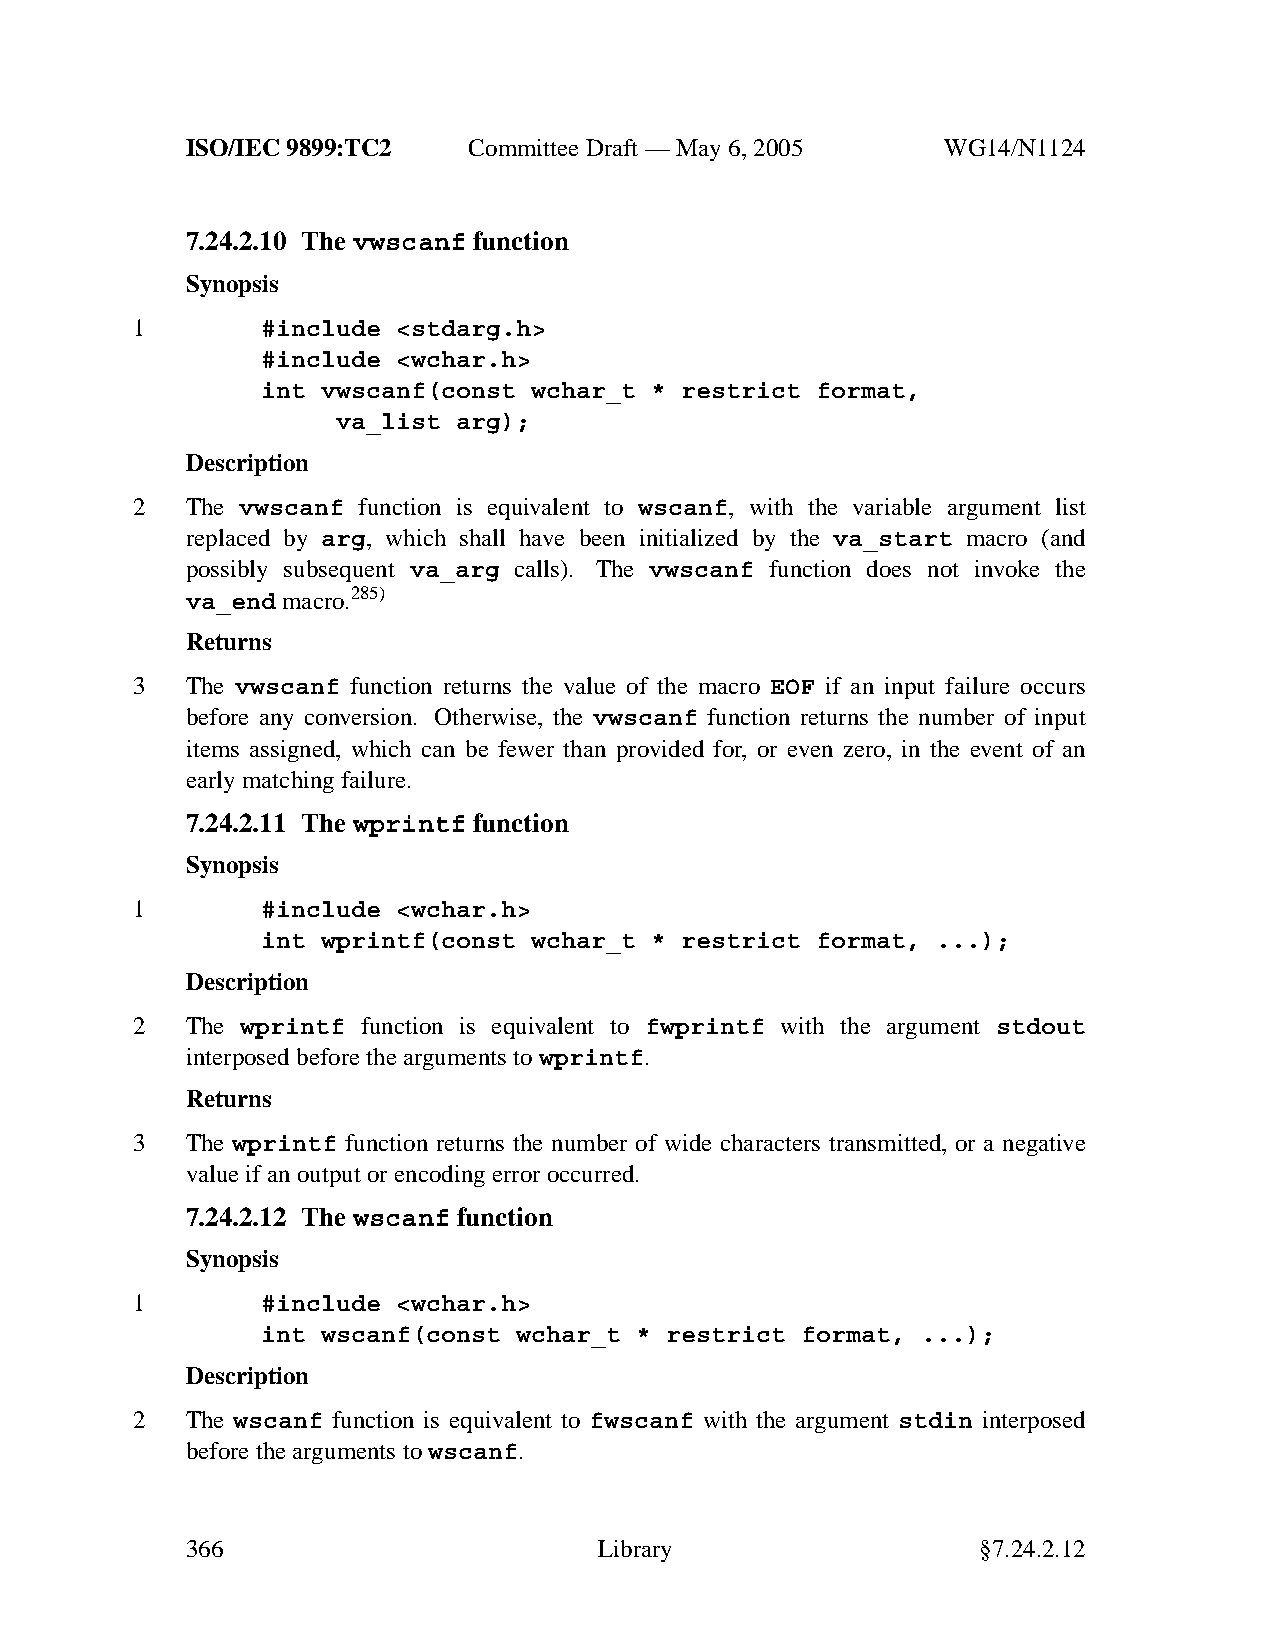
ISO/IEC 9899:TC2   Committee Draft — May 6, 2005   WG14/N1124
 7.24.2.10 The vwscanf function
 Synopsis
 1       #include <stdarg.h>
 #include <wchar.h>
 int vwscanf(const wchar_t * restrict format,
 va_list arg);
 Description
 2  The vwscanf function is equivalent to wscanf, with the variable argument list
 replaced by arg, which shall have been initialized by the va_start macro (and
 possibly subsequent va_arg calls). The vwscanf function does not invoke the
 va_end macro.285)
 Returns
 3  The vwscanf function returns the value of the macro EOF if an input failure occurs
 before any conversion. Otherwise, the vwscanf function returns the number of input
 items assigned, which can be fewer than provided for, or even zero, in the event of an
 early matching failure.
 7.24.2.11 The wprintf function
 Synopsis
 1       #include <wchar.h>
 int wprintf(const wchar_t * restrict format, ...);
 Description
 2  The wprintf function is equivalent to fwprintf with the argument stdout
 interposed before the arguments towprintf.
 Returns
 3  The wprintf function returns the number of wide characters transmitted, or a negative
 value if an output or encoding error occurred.
 7.24.2.12 The wscanf function
 Synopsis
 1       #include <wchar.h>
 int wscanf(const wchar_t * restrict format, ...);
 Description
 2  The wscanf function is equivalent to fwscanf with the argument stdin interposed
 before the arguments towscanf.
 366                         Library                  §7.24.2.12